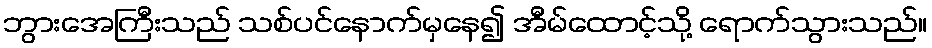
ဘွားအေကြီးသည် သစ်ပင်နောက်မှနေ၍ အီမ်ထောင့်သို့ ရောက်သွားသည်။